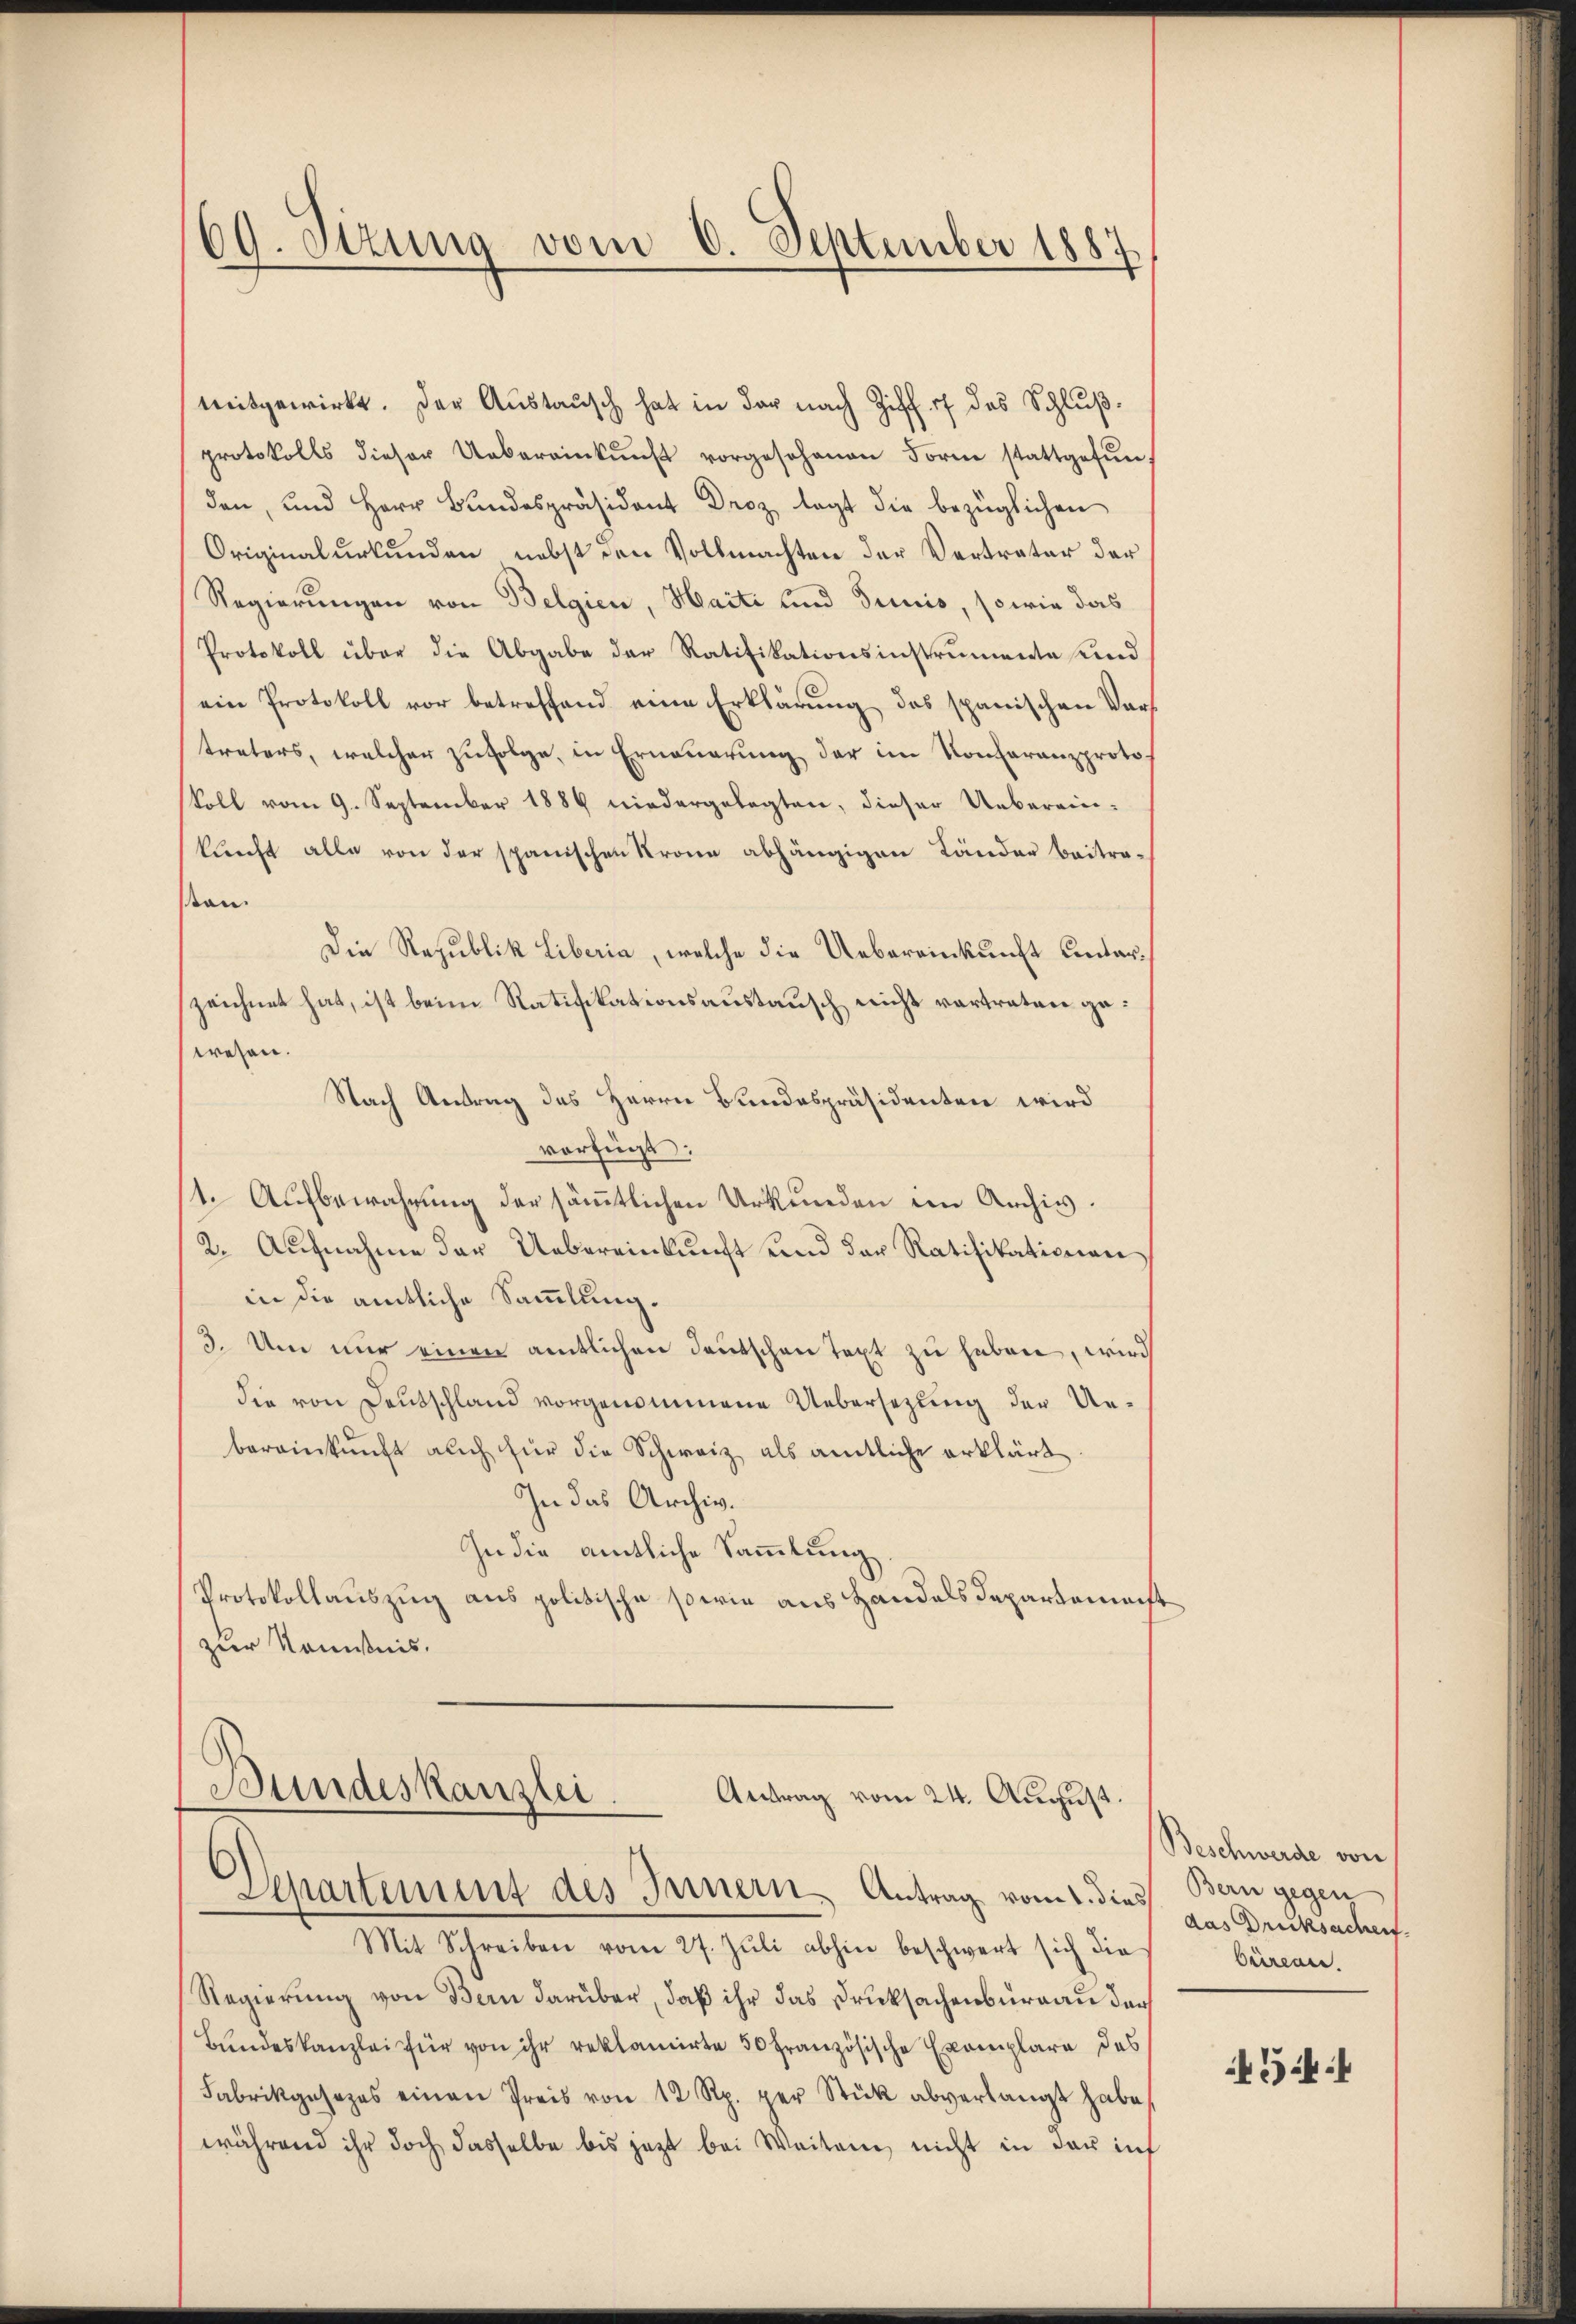
69. Sizung vom 6. September 1887

mitgewirkt. Der Austausch hat in der nach Ziff. 7 des Schlŭβ-
protokolls dieser Uebereinkŭnft vorgesehenen Forne stattgefŭn
den, und Herr Bundespräsident Droz legt die bezüglichen
Originalurkunden nebst den Vollmachten der Vertrater der
Regierungen von Belgien, Harti und Junis, sowie das
Protokoll über die Abgabe der Ratifikationsinstrumente und
ein Protokoll vor betreffend eine Erklärung des spanischen Vortreters, welcher zufolge, in Erneuerung der im Konferanzprotokoll vom 9. September 1889 niedergelegten, dieser Uebereinkunft alle von der spanischen Krone abhängigen Länder Beitrasan.
Die Republik Liberia, welche die Uebereinkunft unterzeichnet hat, ist beim Ratifikationsaustausch nicht vertraten gewesen.
Nach Antrag des Herrn Bundespräsidenten wird
verfügt:
1. Aufbewahrung der sämmtlichen Urkunden im Archiv.
2. Aufnahme der Uebereinkunft und der Ratifikationen
in die amtliche Sammlung.
3. Um nur einen amtlichen Deutschen Text zu haben, wird
die von Deutschland vorgenommene Uebersezung der Uebereinkunft auch für die Schweiz als amtliche erklärt.
In das Archiv.
In die amtliche Sammlung
Protokollauszug aus politische sowie aus Handels Departement
zur Konstnis.

Bundeskanzen.
Antrag vom 24. August.
Departement des Innern, Antrag vom 1. dies Bern gegen

Mit Schreiben vom 27. Jŭli abhin beschwert sich die
Regierung von Bern darüber, daß ihr das Drucksachenburgau der
Bundeskanzlei für von ihr reklamirte 50 Französische Exemplare des
Fabrikgesezes einen Preis von 12 Rp. per Stück abverlangt habe,
während ihr doch dasselbe bis jezt bei Weiten nicht in der inf

Beschwerde von
das Drucksachen.
büren.

344